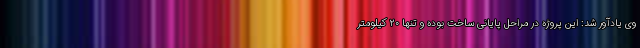
وی یادآور شد: این پروژه در مراحل پایانی ساخت بوده و تنها ۲۰ کیلومتر